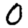
Digit: 0